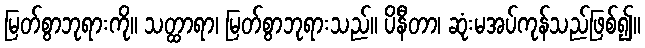
မြတ်စွာဘုရားကို။ သတ္ထာရာ၊ မြတ်စွာဘုရားသည်။ ပိနီတာ၊ ဆုံးမအပ်ကုန်သည်ဖြစ်၍။